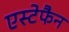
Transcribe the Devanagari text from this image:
एस्टेफैन